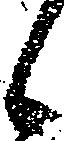
候